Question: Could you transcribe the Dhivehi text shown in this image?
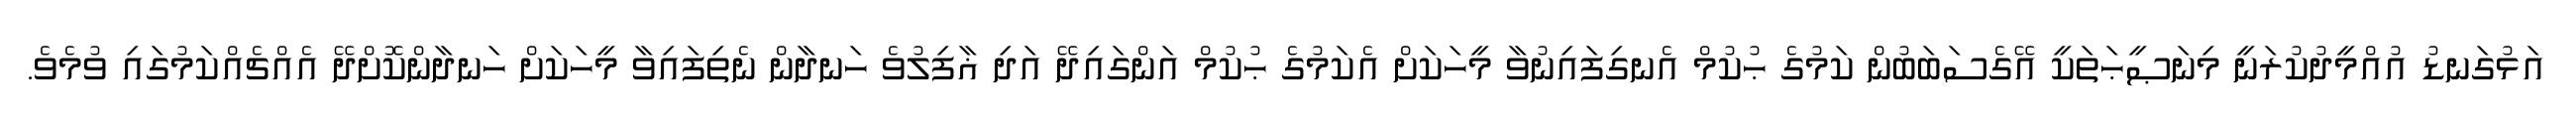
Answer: އަޅުގަނޑު އުއްމީދުކުރަނީ މިނަޞީޙަތަކީ އޭގެސަބަބުން ކަމުގެ ޙުކުމް އެނގިފައިނުވާ މީހަކަށް އެކަމުގެ ޙުކުމް އަންގައިދޭ އަދި ޣާފިލުވެ ހަނދާން ނެތިފައިވާ މީހަކަށް ހަނދާންކޮށްދޭ އެއްޗެއްކަމުގައި ވުމެވެ.